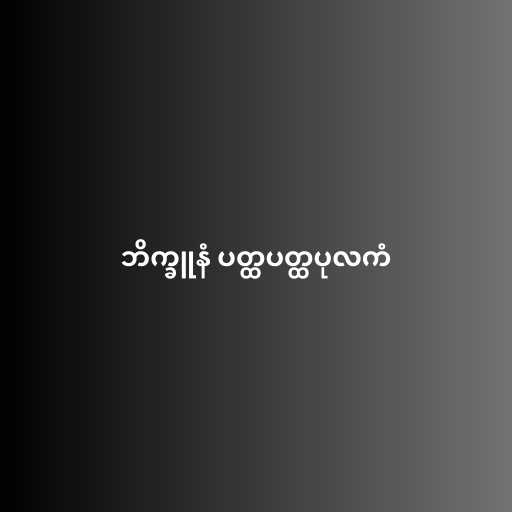
ဘိက္ခူနံ ပတ္ထပတ္ထပုလကံ